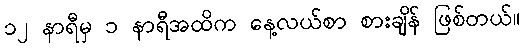
၁၂ နာရီမှ ၁ နာရီအထိက နေ့လယ်စာ စားချိန် ဖြစ်တယ်။